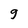
Character: 9